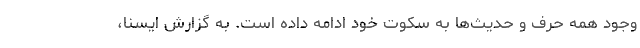
وجود همه حرف و حدیث‌ها به سکوت خود ادامه داده است. به گزارش ایسنا،